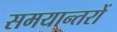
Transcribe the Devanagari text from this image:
समयान्तरों